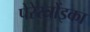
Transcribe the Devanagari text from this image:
पेरेस्त्रोंइका